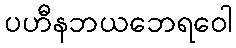
ပဟီနဘယဘေရဝေါ